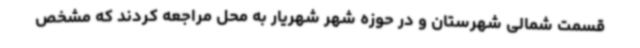
قسمت شمالی شهرستان و در حوزه شهر شهریار به محل مراجعه کردند که مشخص